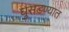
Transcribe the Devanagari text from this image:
घुसडण्यात